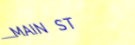
MAIN ST